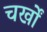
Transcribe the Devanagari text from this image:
चर्खों